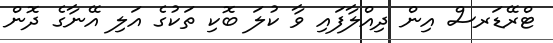
ޓްރޭޑަރސް އިން ދިއްލާފައި ވާ ކުލަ ބޮކި ތަކުގެ އަލި އޭނާގެ ދޮން